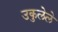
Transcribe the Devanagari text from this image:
उकुलेले